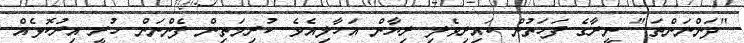
"ދަންނަންތަ." ނީރާގެ ފަހަތުން ކައިރިވެލި ރިޔާން އަހާލިއެވެ. ކުރިމަތިން ފެންނަން ހުރީ އިރުކޮޅެއް